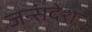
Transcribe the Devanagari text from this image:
जन्संदेश